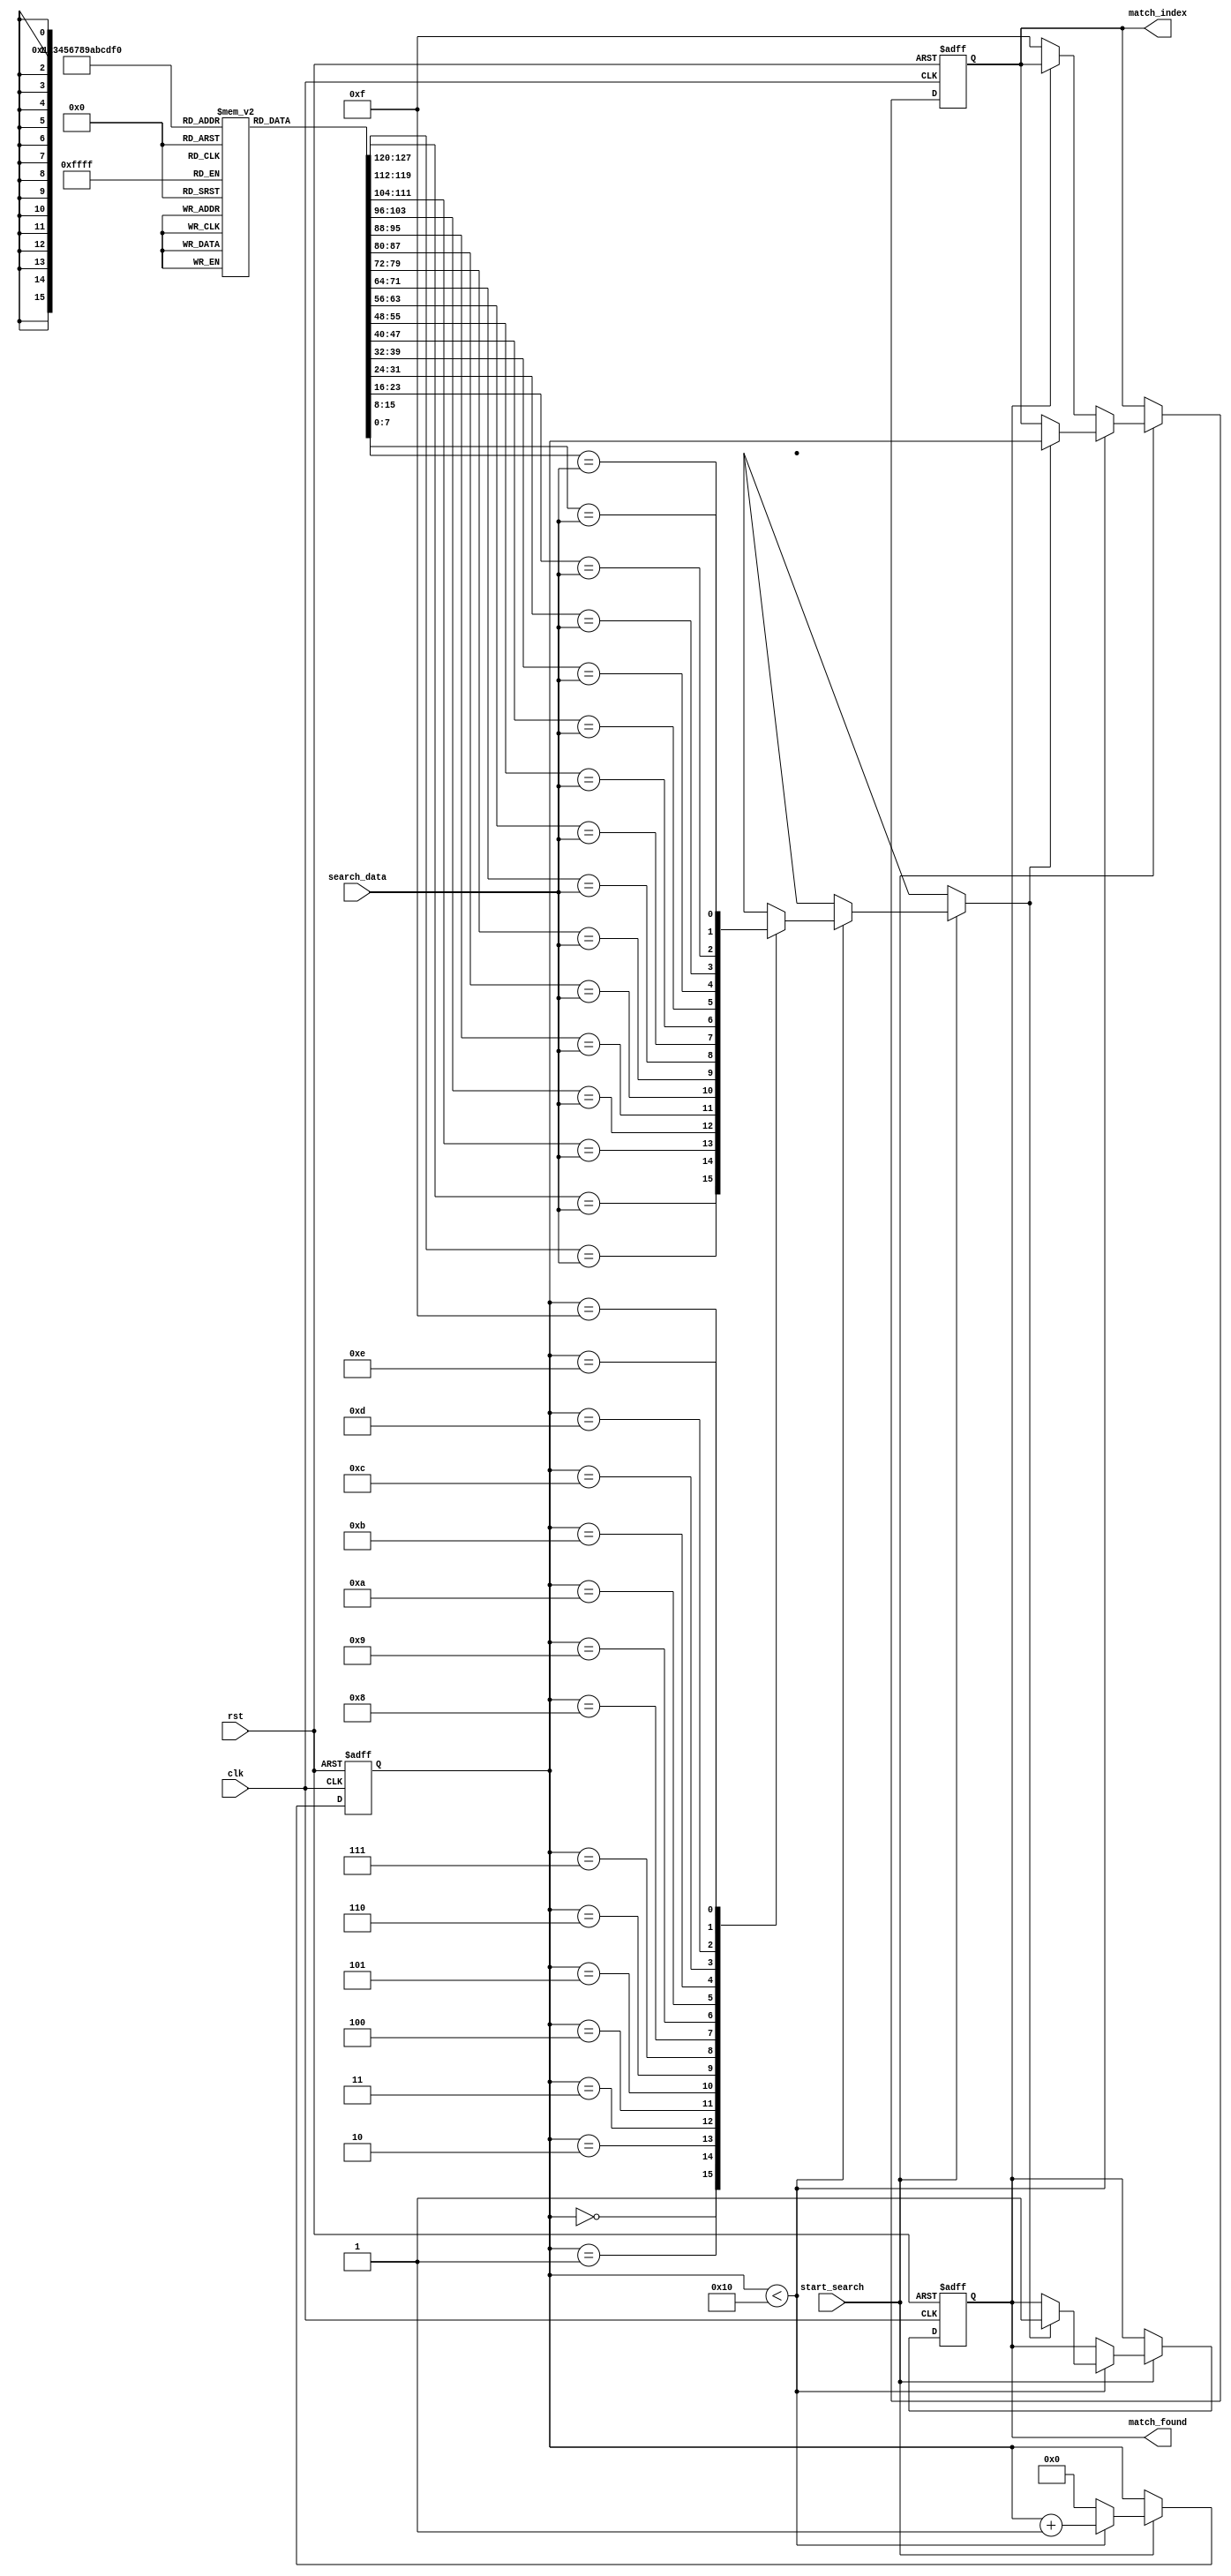
module SequentialCAM #(
    parameter N = 16, // Number of entries
    parameter W = 8    // Width of each entry
)(
    input wire clk,                   // Clock signal
    input wire rst,                   // Reset signal
    input wire [W-1:0] search_data,   // Data to search
    input wire start_search,           // Start search signal
    output reg match_found,            // Match found indicator
    output reg [3:0] match_index       // Index of matching entry
);

    // Memory array to store CAM entries
    reg [W-1:0] memory_array [0:N-1];
    reg [3:0] current_index;           // Current index for sequential search

    // Match logic
    wire match[N-1:0];
    genvar i;
    generate
        for (i = 0; i < N; i = i + 1) begin : match_logic
            assign match[i] = (memory_array[i] == search_data);
        end
    endgenerate

    // Control logic
    always @(posedge clk or posedge rst) begin
        if (rst) begin
            current_index <= 0;
            match_found <= 0;
            match_index <= 0;
        end else if (start_search) begin
            if (current_index < N) begin
                if (match[current_index]) begin
                    match_found <= 1;
                    match_index <= current_index;
                end
                current_index <= current_index + 1;
            end else begin
                // Reset after searching all entries
                current_index <= 0;
                if (!match_found) begin
                    match_index <= 4'b1111; // Indicate no match found
                end
            end
        end
    end

    // Initialization of memory (for simulation purposes)
    initial begin
        // Example initialization of memory entries
        memory_array[0] = 8'hAA;
        memory_array[1] = 8'hBB;
        memory_array[2] = 8'hCC;
        memory_array[3] = 8'hDD;
        memory_array[4] = 8'hEE;
        memory_array[5] = 8'hFF;
        memory_array[6] = 8'h00;
        memory_array[7] = 8'h11;
        memory_array[8] = 8'h22;
        memory_array[9] = 8'h33;
        memory_array[10] = 8'h44;
        memory_array[11] = 8'h55;
        memory_array[12] = 8'h66;
        memory_array[13] = 8'h77;
        memory_array[14] = 8'h88;
        memory_array[15] = 8'h99;
    end

endmodule